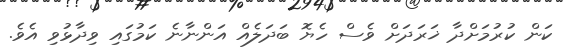
ކަން ކުރުމަށްދާ ޚަރަދަށް ވެސް ހެޔޮ ބަދަލެއް އަންނާނެ ކަމުގައި ވިދާޅުވި އެވެ.